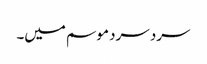
سرد سرد موسم میں۔